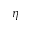
\eta